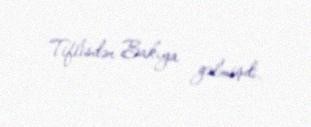
Tiflisdən Bakıya gəlmişdi.